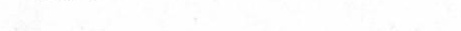
多少?